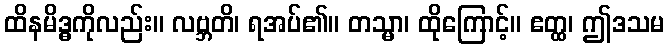
ထိနမိဒ္ဓကိုလည်း။ လဗ္ဘတိ၊ ရအပ်၏။ တသ္မာ၊ ထိုကြောင့်။ ဧတ္ထ၊ ဤဒသမ